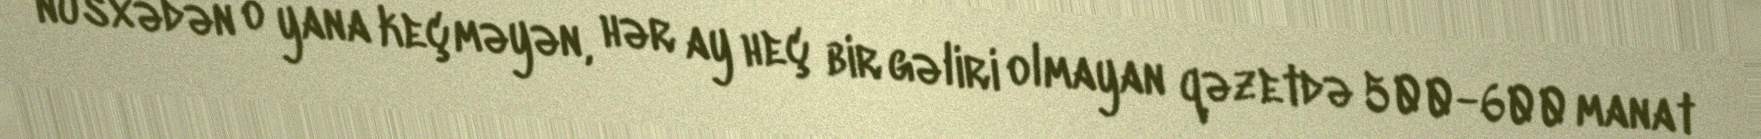
nüsxədən o yana keçməyən, hər ay heç bir gəliri olmayan qəzetdə 500-600 manat